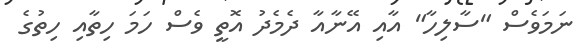
ނަމަވެސް "ސާލިހާ" އާއި އޭނާއާ ދެމެދު އޮތީ ވެސް ހަމަ ހިތާއި ހިތުގެ